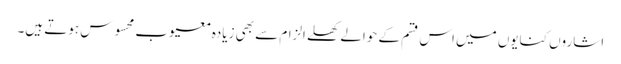
اشاروں کنایوں میں اس قسم کے حوالے کھلے الزام سے بھی زیادہ معیوب محسوس ہوتے ہیں۔